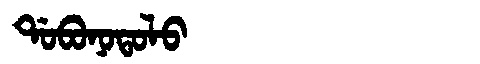
Manchu: ᡩᠣᠪᠣᠨᠣᡨᠣᠯᠣ
Romanization: DOBONOTOLO